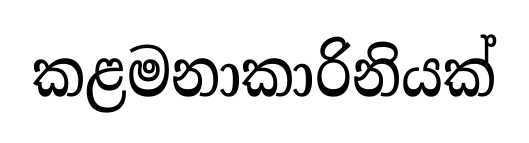
කළමනාකාරිනියක්